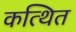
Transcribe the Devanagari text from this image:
कत्थित